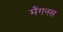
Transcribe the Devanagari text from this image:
मैंगनस